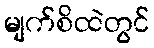
မျက်စိထဲတွင်